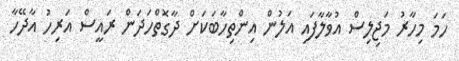
ހަމަ މިހާރު މަޖިލިސް އުވާލާފައި އަލުން އިންތިހާބަކަށް ދާގޮތްހަދަން ރައީސް އަރިހު އާދޭހާ